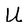
Character: U